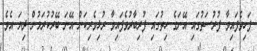
ފަހިވެފައިވާ ފުރުސަތުގައި އޭނަގެ ހިތުގައި ފުރިބާރުވެފައިވާ ރުޅިވެރިކަން އޭނަ ބޭރުކުރަމުން ދިޔަ އެވެ.